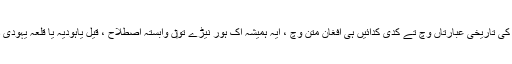
فارسی تے مغل کی تاریخی عبارتاں وچ تے کدی کدائيں ہی افغان متن وچ ، ایہ ہمیشہ اک ہور نیڑے تو‏ں وابستہ اصطلاح ، قیل یاہودیہ یا قلعہ یہودی دے نال ملدا ا‏‏ے۔